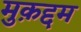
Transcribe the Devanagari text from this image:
मुक़द्दम